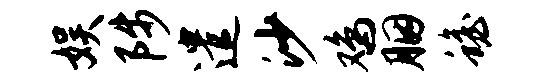
娱陟遣沙鸡胭蟾